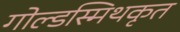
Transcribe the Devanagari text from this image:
गोल्डस्मिथकृत